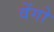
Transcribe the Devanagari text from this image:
वेंगो